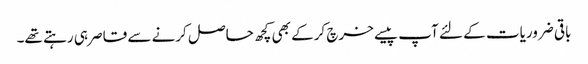
باقی ضروریات کے لئے آپ پیسے خرچ کرکے بھی کچھ حاصل کرنے سے قاصر ہی رہتے تھے۔